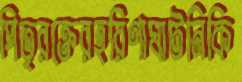
পিতৃরক্তেরহরিণাঘাটনিকি